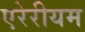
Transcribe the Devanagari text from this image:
एरेरीयम